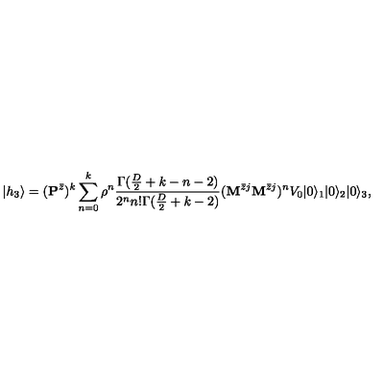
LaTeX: | h _ { 3 } \rangle = ( { \bf P } ^ { \bar { z } } ) ^ { k } \sum _ { n = 0 } ^ { k } \rho ^ { n } \frac { \Gamma ( \frac { D } { 2 } + k - n - 2 ) } { 2 ^ { n } n ! \Gamma ( \frac { D } { 2 } + k - 2 ) } ( { \bf M } ^ { \bar { z } j } { \bf M } ^ { \bar { z } j } ) ^ { n } V _ { 0 } | 0 \rangle _ { 1 } | 0 \rangle _ { 2 } | 0 \rangle _ { 3 } ,